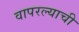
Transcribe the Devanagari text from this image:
वापरल्याची